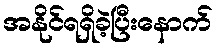
အနိုင်ရရှိခဲ့ပြီးနောက်